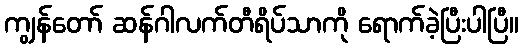
ကျွန်တော် ဆန်ဂါလက်တီရိပ်သာကို ရောက်ခဲ့ပြီးပါပြီ။